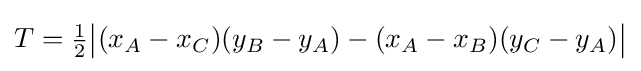
T={\tfrac {1}{2}}{\big |}(x_{A}-x_{C})(y_{B}-y_{A})-(x_{A}-x_{B})(y_{C}-y_{A}){\big |}